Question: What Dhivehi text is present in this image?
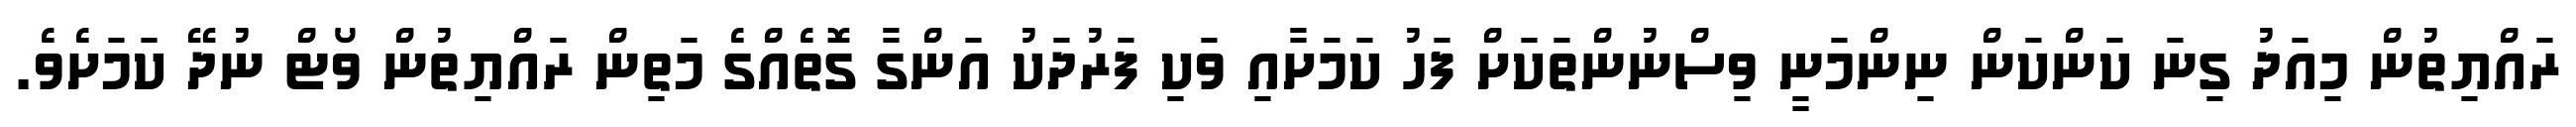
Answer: ރައްޔިތުން މިއަދު ގިނަ ކަންކަން ނިންމަނީ ވިސްނުންތަކަށް ފަހު ކަމަށާއި ވަކި ފަރުދަކު އަންގާ ގޮތެއްގެ މަތިން ރައްޔިތުން ވޯޓް ނުދޭ ކަމަށެވެ.